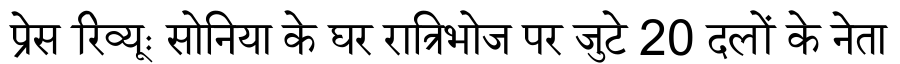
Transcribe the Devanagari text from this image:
प्रेस रिव्यूः सोनिया के घर रात्रिभोज पर जुटे 20 दलों के नेता